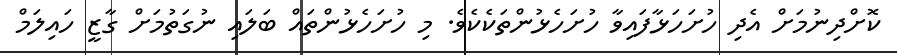
ކޮށްދިނުމަށް އެދި ހުށަހަޅާފައިވާ ހުށަހެޅުންތަކެކެވެ. މި ހުށަހެޅުންތައް ބަލައި ނުގަތުމަށް ގާޒީ ހައިލަމް